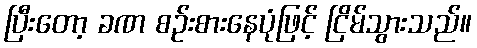
ပြီးတော့ ခဏ စဉ်းစားနေပုံဖြင့် ငြိမ်သွားသည်။